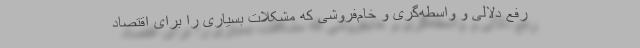
رفع دلالی و واسطه‌گری و خام‌فروشی که مشکلات بسیاری را برای اقتصاد